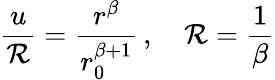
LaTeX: {\frac{u}{\cal R}}={\frac{r^{\beta}}{r_{0}^{\beta+1}}}\, ,\quad{\cal R}={\frac{1}{\beta}}